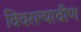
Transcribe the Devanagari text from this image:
विवरल्यावीण